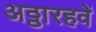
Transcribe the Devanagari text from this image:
अठ्ठारहवें